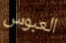
العبوس